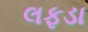
લફડા